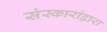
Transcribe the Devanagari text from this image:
संस्कारांद्वारा